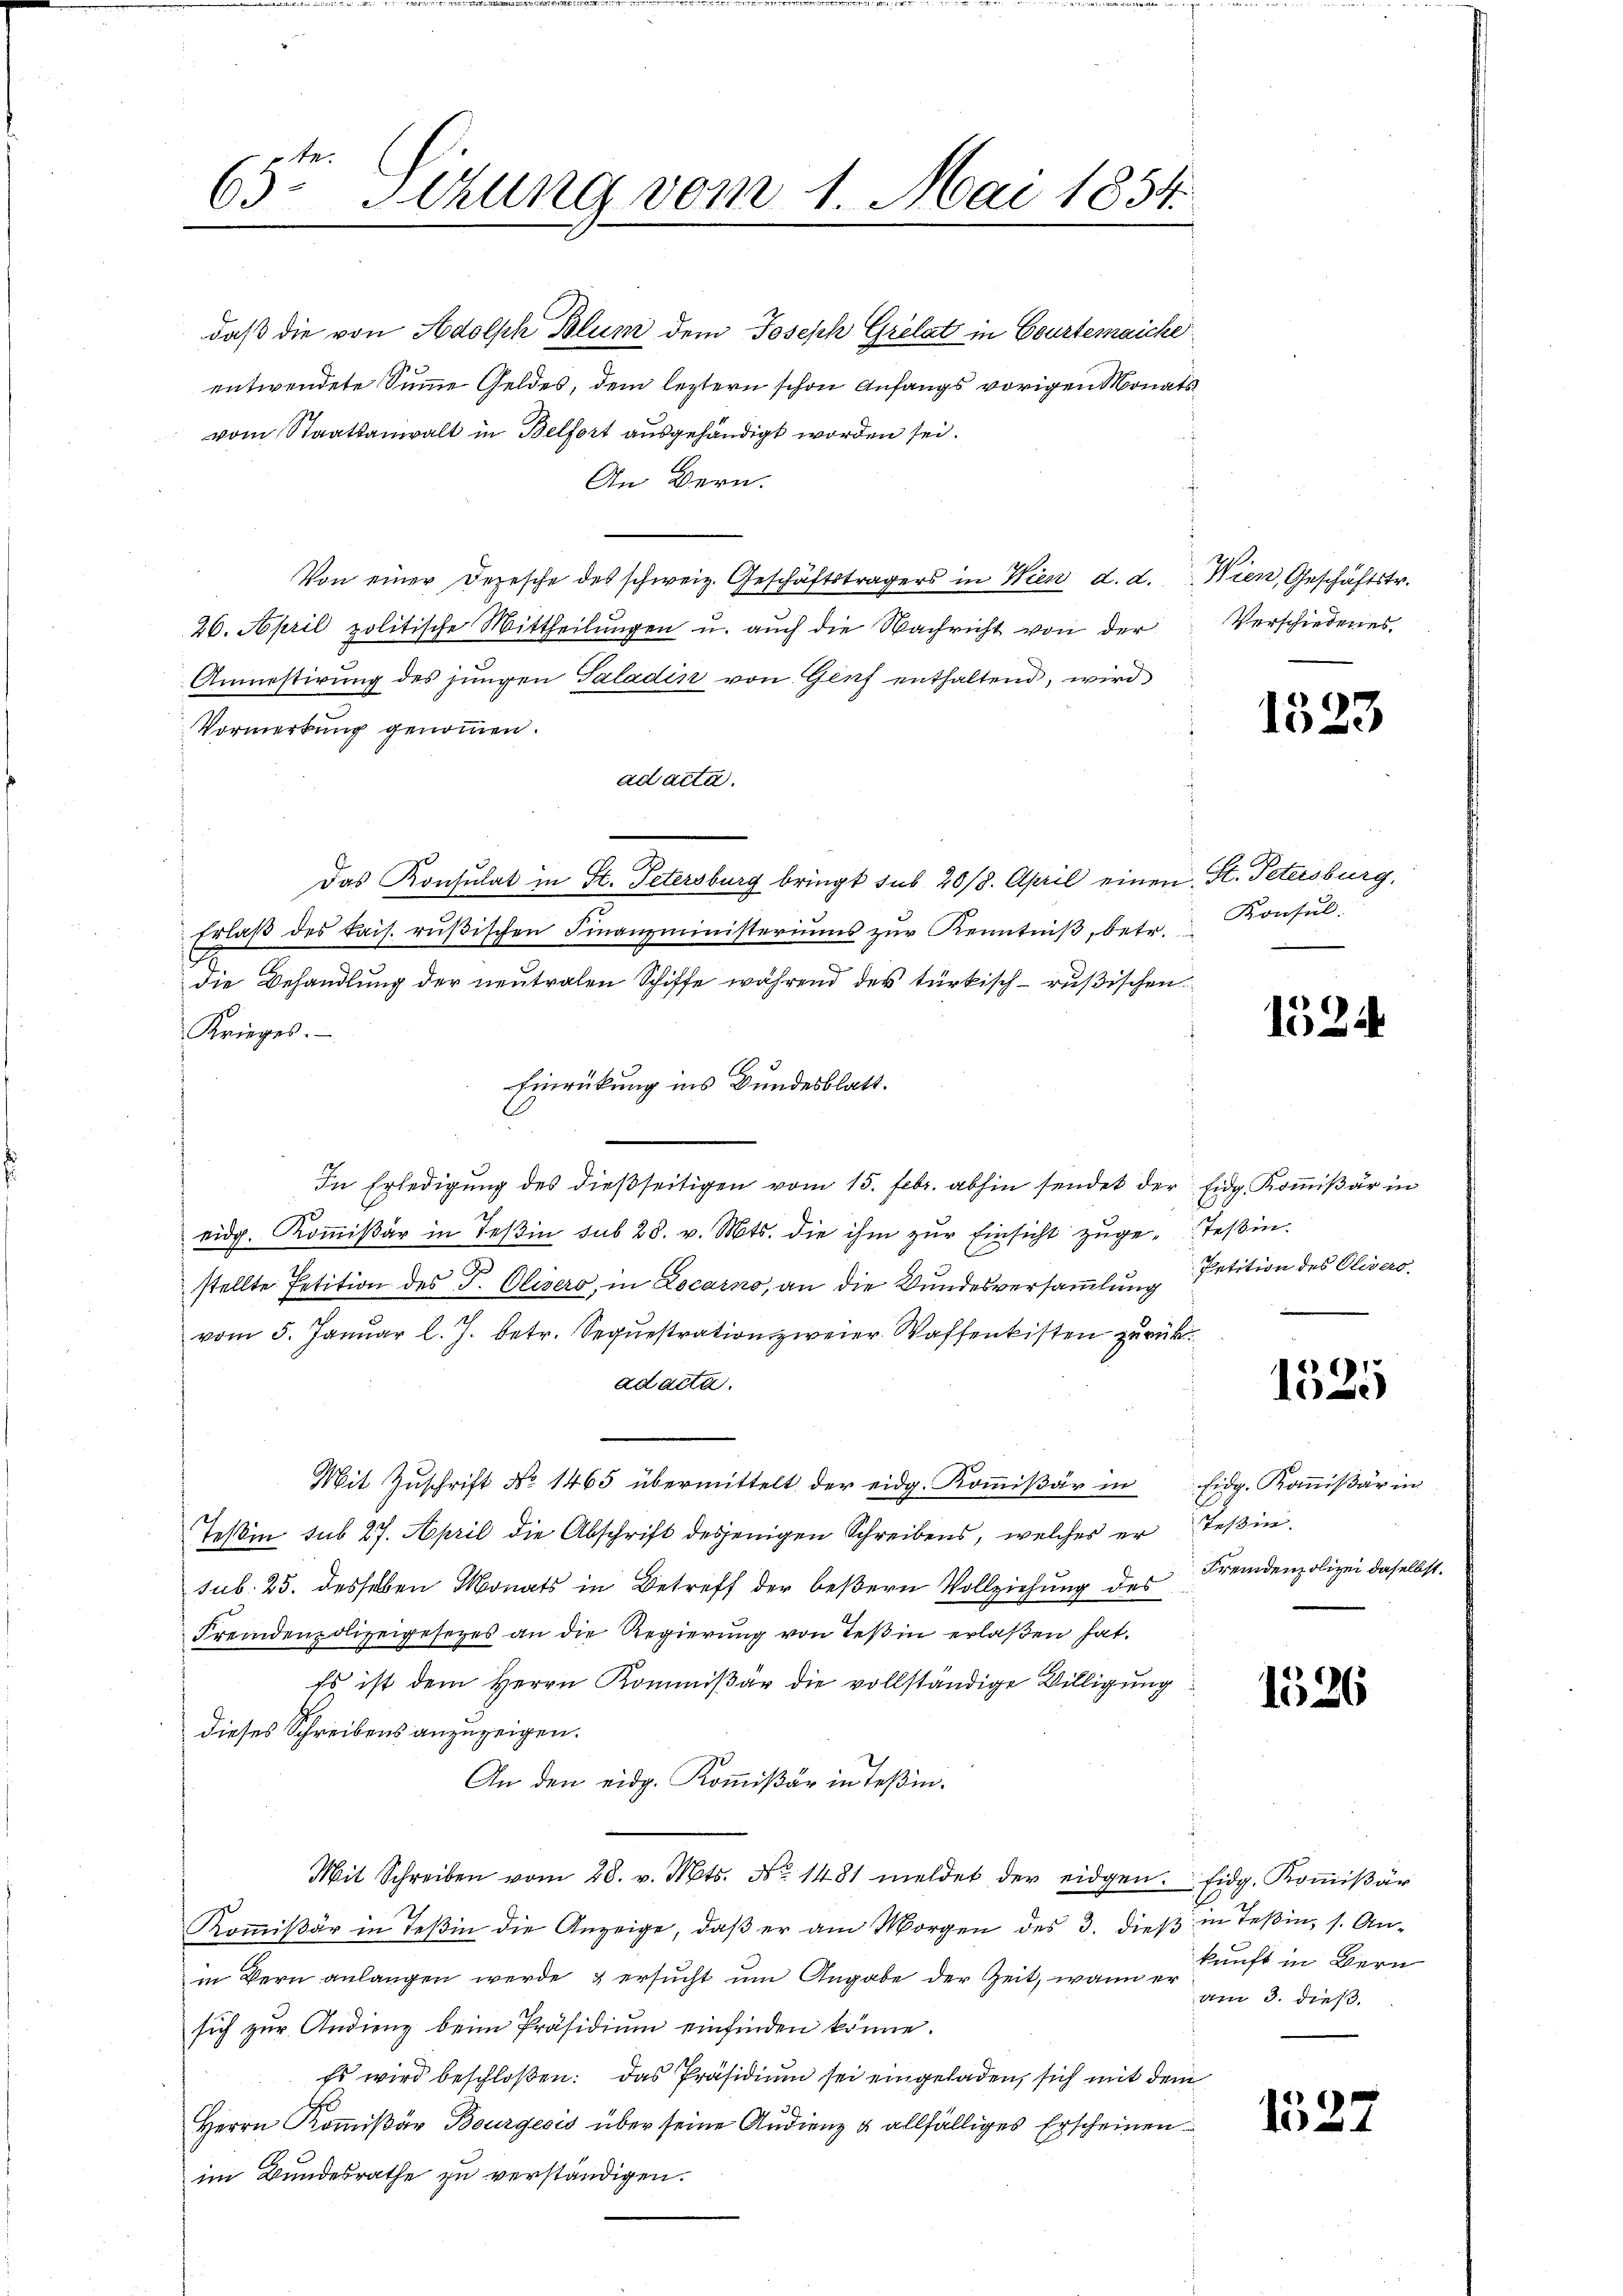
65te Sitzung vom 1. Mai 1854.

daß die von Adolph Blum dem Joseph Grelat in Courtenaiche
entwendete Summe Geldes, dem leztern schon Anfangs vorigen Monatsvom Staatsanwalt in Belfort ausgehändigt worden sei.
An Bern.
Von einer Depesche des schweiz. Geschäftsträgers in Wien d. d. Wien, Geschäftstr.
26. April politische Mittheilungen u. auch die Nachricht von der
Anmestirung des jungen Taladin von Genf enthaltend, wird
Vormerkung genommen.
ad acta.
Das Konsulat in St. Petersburg bringt sub 20/8. April einen St. Petersburg,
Erlaβ des Bais. rüβischen Finanzministeriums zŭr Kenntniβ, betr.
die Behandlung der neutralen Schiffe während der türkisch-rußischen
Krieges.
Einrückung ins Bundesblatt.
In Erledigung des dießseitigen vom 15. Febr. abhin sendet der Eidg. Kommißär in
eidg. Kommißär in Teßin sub 28. v. Mts. die ihm zur Einsicht zuge-Teßin.
stellte Petition des P. Elisers, in Locarno, an die Wundesversammlung
vom 5. Janŭar l. J. betr. Sequestration zweier Waffenkisten zurück.
ad acta.
Mit Zuschrift No 1465 übermittelt der eidg. Kommißär in
Teßin sub 27. April die Abschrift desjenigen Schreibens, welches er Teßin.
sub. 25. desselben Monats in Betreff der beßern Vollziehung des
Fremdenpolizeigesetzes an die Regierung von Teßin erlaßen hat.
Es ist dem Herrn Kommißär die vollständige Willigung
dieses Schreibens anzuzeigen.
An den eidg. Kommißär in Teßin.
Mit Schreiben vom 28. v. Mts. No. 1481 meldet der eidgen. Eidg. Koṁisär
Koṁiβär in Teβin die Anzeige, daβ er am Morgen des 3. dieβ in Teßin, s. An-
in Bern anlangen werde & ersucht um Angabe der Zeit, wann er am 3. dieß.
sich zur Andieng beim Präsidium einfinden könne.
Es wird beschloßen: das Präsidium sei eingeladen, sich mit dem
Herrn Koṁisär Bourgeois über seine Audienz & allfälliges Erscheinen
im Bundesrathe zu verständigen.

Verschiedenes.

1523

Konsul

1524

Petition des Olivero

1525

Eidg. Kommißär in
Fremdenpolizei daselbst.

1526

kunft in Bern

6
154